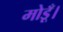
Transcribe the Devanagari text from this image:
मोडूँ।